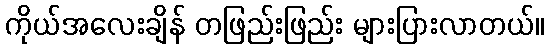
ကိုယ်အလေးချိန် တဖြည်းဖြည်း များပြားလာတယ်။